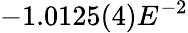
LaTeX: -1.0125(4)E^{-2}